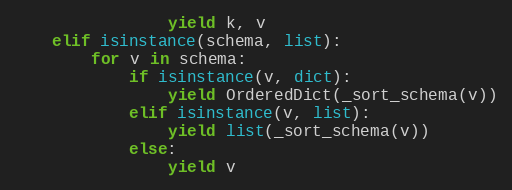
Language: Python
                yield k, v
    elif isinstance(schema, list):
        for v in schema:
            if isinstance(v, dict):
                yield OrderedDict(_sort_schema(v))
            elif isinstance(v, list):
                yield list(_sort_schema(v))
            else:
                yield v